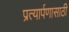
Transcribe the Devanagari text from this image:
प्रत्यार्पणासाठी